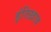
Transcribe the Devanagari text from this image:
इंतिख़ाब